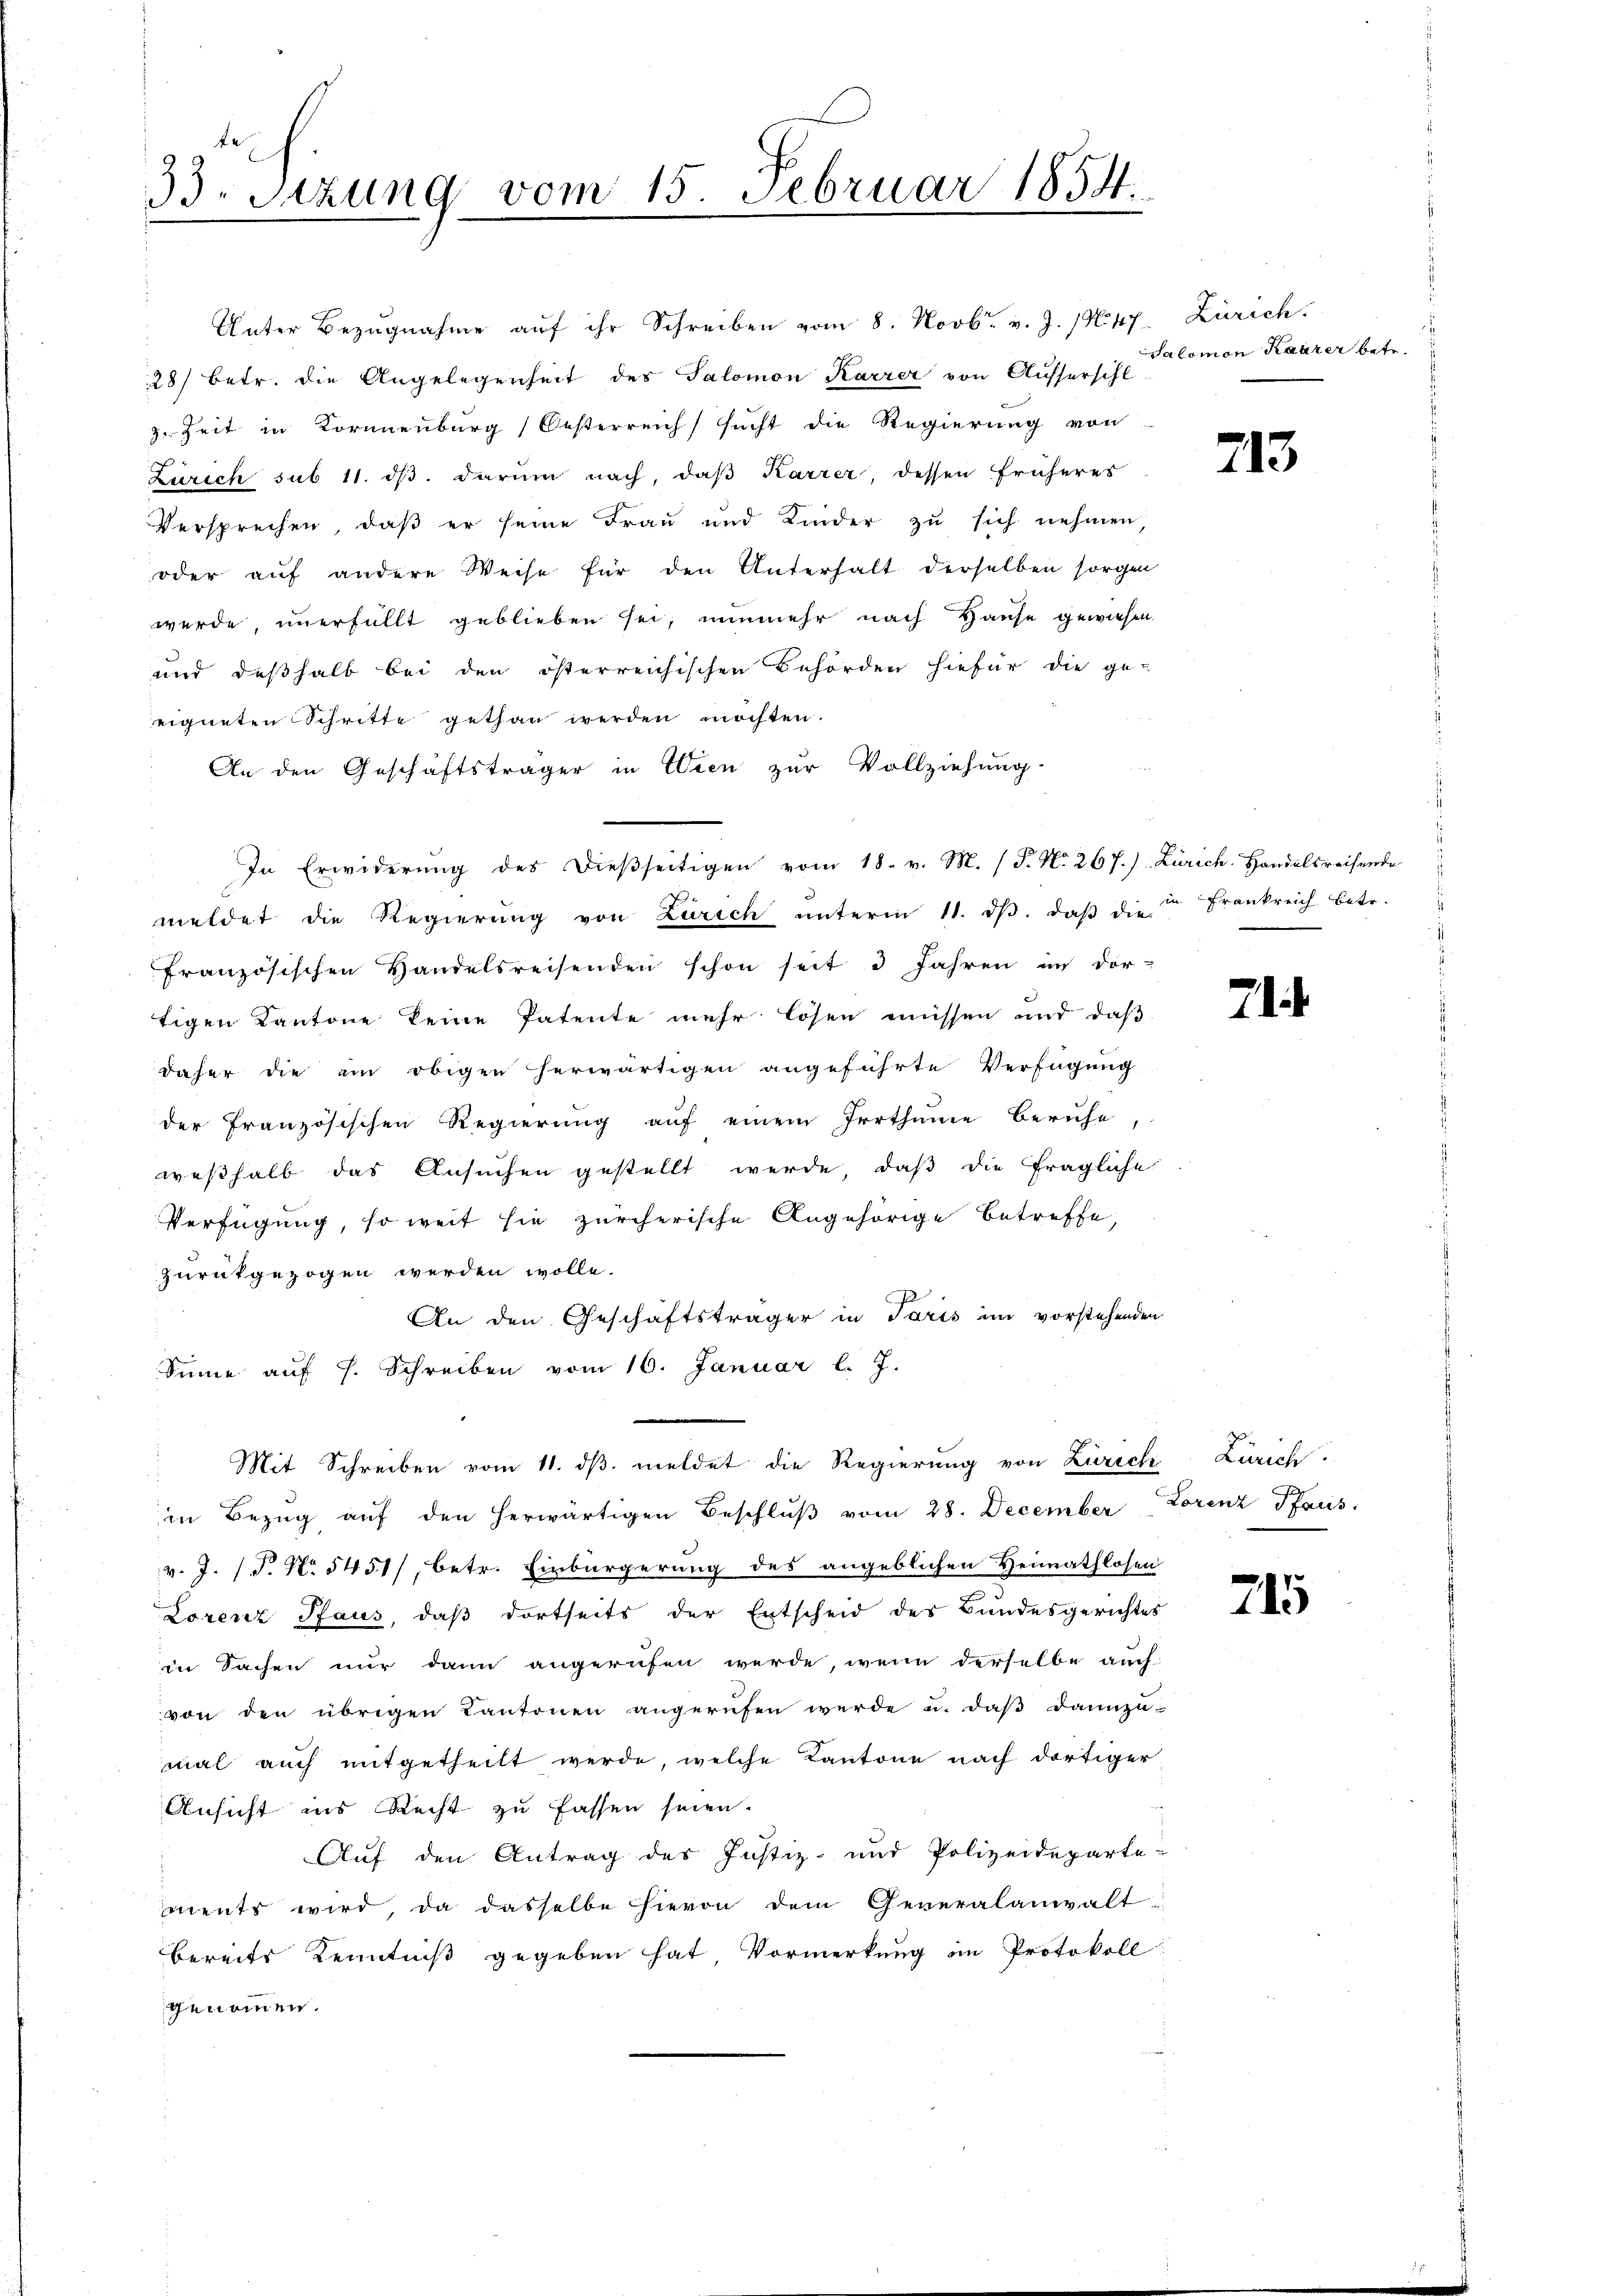
33. Sizung vom 15. Februar 1854.

Unter Bezŭgnahme aŭf ihr Schreiben vom 8. Novbr. v. J. M. 47. Zürich.
28/ betr. die Angelegenheit des Salomon Karrer von Ausserschl
z. Zeit in Kornenburg Oesterreich sucht die Regierung von
Zürich sub 11. ds. darum nach, daß Karrer, dessen früheres
Versprechen, daβ er seine Frau und Kinder zŭ sich nehmen,
oder auf andere Weise für den Unterhalt derselben sorgen
wurde, unerfüllt geblieben sei, nunmehr nach Hause gewiesen.
und deßhalb bei den österreichischen Behörden hiefür die ge-
eigneten Schritte gethan werden möchten.
An den Geschäftsträger in Wien zur Vollziehung
meldet die Regierŭng von Zürich ŭnterm 11. dβ. daβ die Frankreich betr.
französischen Handelsreisenden schon seit 3 Jahren im dor-
tigen Kantone keine Patente mehr losen müssen und daß
daher die ein obigen herwärtigen angeführte Verfügung
der französischen Regierung auf einem Irrthume beruhe,
weßhalb das Ansuchen gestellt werde, daß die fragliche
Verfügung, so weit sie zürcherische Angehörige betreffe,
zurückgezogen werden wolle.
An den Geschäftsträger in Paris im vorstehenden
Sinne aŭf s. Schreiben vom 16. Januar l. J.
Mit Schreiben vom 11. ds. meldet die Regierung von Zürich Zürich.
in Bezug auf den herwärtigen Beschlŭβ vom 28. December Lorenz Pfaus
v. J. (T. No 5451/, betr. Einbürgerung des angeblichen Heimathlosen
Lorenz Pfaus, daß dortseits der Entscheid des Bundesgerichtes
in Sachen nur dann angerufen werde, wenn derselbe auch
von den übrigen Kantonen angerufen werde u. daβ dannzu-
mal auch mitgetheilt werde, welche Kantone nach dortiger
Ansicht ins Recht zu fassen seien.
Auf den Antrag des Justiz- und Polizeideparte-
ments wird, da dasselbe hievon dem Generalanwalt
bereits Kenntniß gegeben hat Vormerkung im Protokoll
genommen.

In Erwiderung des dießseitigen vom 18. v. M. (T. No. 267.) Zürich. Handelsreisende

d
Salomon Haarer betr.

213

2

715